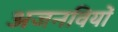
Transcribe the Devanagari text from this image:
अजनवियों